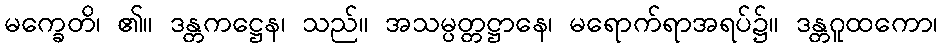
မက္ခေတိ၊ ၏။ ဒန္တကဋ္ဌေန၊ သည်။ အသမ္ပတ္တဋ္ဌာနေ၊ မရောက်ရာအရပ်၌။ ဒန္တဂူထကော၊